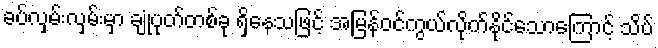
ခပ်လှမ်းလှမ်းမှာ ချုံပုတ်တစ်ခု ရှိနေသဖြင့် အမြန်ဝင်ကွယ်လိုက်နိုင်သောကြောင့် သိပ်